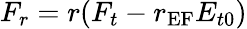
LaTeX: F_{r}=r(F_{t}-r_{\textrm{EF}}E_{t0})